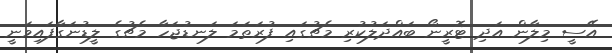
އޭސީ މިލާން އަދި ޓޮރީނޯ ބައްދަލުކުރި މެޗުގައި ފުރަތަމަ ލަނޑުޖަހާ މެޗުގެ ލީޑުނަގާފައިވަނީ